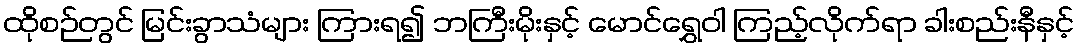
ထိုစဉ်တွင် မြင်းခွာသံများ ကြားရ၍ ဘကြီးမိုးနှင့် မောင်ရွှေဝါ ကြည့်လိုက်ရာ ခါးစည်းနီနှင့်